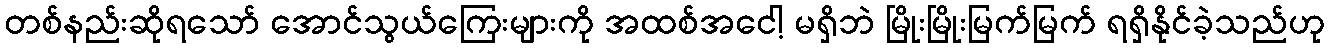
တစ်နည်းဆိုရသော် အောင်သွယ်ကြေးများကို အထစ်အငေါ့ မရှိဘဲ မြိုးမြိုးမြက်မြက် ရရှိနိုင်ခဲ့သည်ဟု